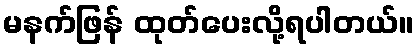
မနက်ဖြန် ထုတ်ပေးလို့ရပါတယ်။